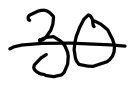
Text: 30
Cross-out: single-line
Writing tool: digital_black